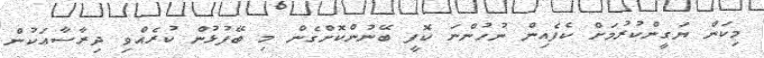
މިކަން ޔަގީންކުރުމަށް ކެފެއިން ނުހުންނަ ކޮފީ ބޭނުންކޮށްގެން މި ބޭފުޅުން ކުރެއްވި ދިރާސާއަކުން